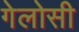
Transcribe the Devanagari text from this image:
गेलोसी